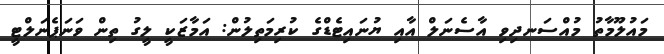
މައުލޫމާތު މުއްސަނދިވި އާސެނަލް އާއި ޔުނައިޓެޑްގެ ކުރިމަތިލުން: އަމާޒަކީ ލީގު ތިން ވަނަޕެނަލްޓީ